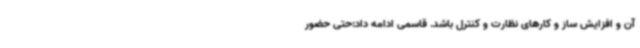
آن و افزایش ساز و کارهای نظارت و کنترل باشد. قاسمی ادامه داد:حتی حضور